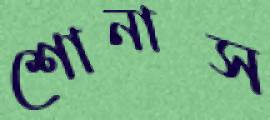
শোনাস